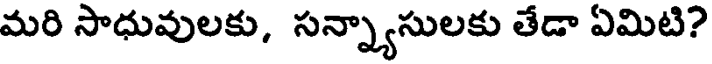
మరి సాధువులకు, సన్న్యాసులకు తేడా ఏమిటి?